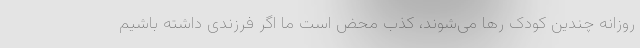
روزانه چندین کودک رها می‌شوند، کذب محض است ما اگر فرزندی داشته باشیم